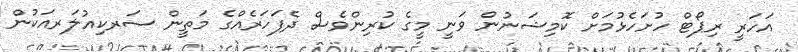
އަހަރީ ރިޕޯޓް ހުށަހެޅުމަށް ކޮމިޝަނުން ވަނީ މީގެ ކުރިންވެސް ދެފަހަރެއްގެ މަތީން ސަރކިއުލަރއަކުން